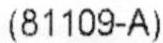
(81109-A)